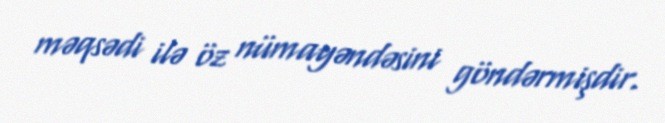
məqsədi ilə öz nümayəndəsini göndərmişdir.